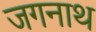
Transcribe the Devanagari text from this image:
जगनाथ